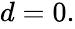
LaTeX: \begin{array}{r}{d=0.}\end{array}